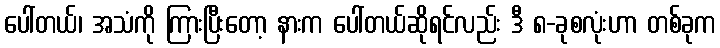
ပေါ်တယ်၊ အသံကို ကြားပြီးတော့ နားက ပေါ်တယ်ဆိုရင်လည်း ဒီ ၈-ခုစလုံးဟာ တစ်ခုက